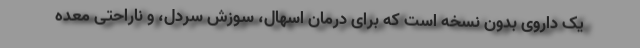
یک داروی بدون نسخه است که برای درمان اسهال، سوزش سردل، و ناراحتی معده